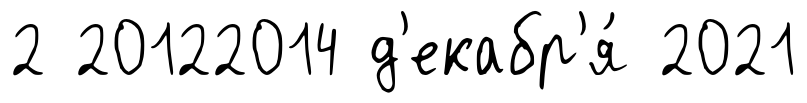
2 20122014 д'екабр'я́ 2021